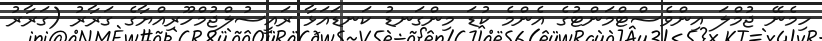
ހިމެނޭ ޖުމްލަ އިންވެސްޓްމަންޓުގެ އެންމެ ކުޑަ މިންގަނޑު ކަނޑައަޅާ ރައީސުލްޖުމްހޫރިއްޔާގެ ގަރާރު (ގަރާރު